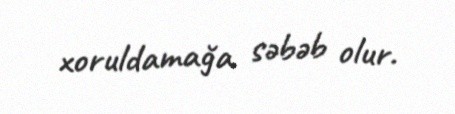
xoruldamağa səbəb olur.